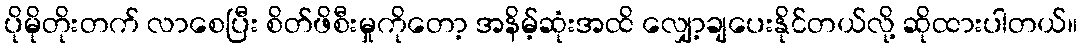
ပိုမိုတိုးတက် လာစေပြီး စိတ်ဖိစီးမှုကိုတော့ အနိမ့်ဆုံးအထိ လျှော့ချပေးနိုင်တယ်လို့ ဆိုထားပါတယ်။